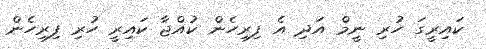
ކައިރީގަ ހުރި ނީމް އަދި އެ ފިރިހެން ކުއްޖާ ކައިރީ ހުރި ފިރިހެން